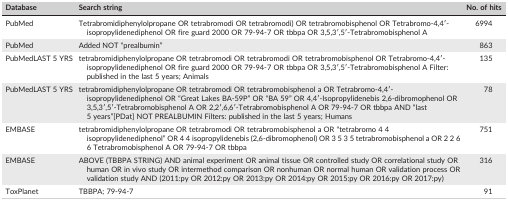
| Database | Search string | No. of hits |
 | --- | --- | --- |
 | PubMed | Tetrabromidiphenylolpropane OR tetrabromodi OR tetrabromodi) OR tetrabromobisphenol OR Tetrabromo‐4,4′‐isopropylidenediphenol OR fire guard 2000 OR 79‐94‐7 OR tbbpa OR 3,5,3′,5′‐Tetrabromobisphenol A | 6994 |
 | PubMed | Added NOT “prealbumin” | 863 |
 | PubMedLAST 5 YRS | tetrabromidiphenylolpropane OR tetrabromodi OR tetrabromodi OR tetrabromobisphenol OR Tetrabromo‐4,4′‐isopropylidenediphenol OR fire guard 2000 OR 79‐94‐7 OR tbbpa OR 3,5,3′,5′‐Tetrabromobisphenol A Filter: published in the last 5 years; Animals | 135 |
 | PubMedLAST 5 YRS | tetrabromidiphenylolpropane OR tetrabromodi OR tetrabromobisphenol a OR Tetrabromo‐4,4′‐isopropylidenediphenol OR “Great Lakes BA‐59P” OR “BA 59” OR 4,4′‐Isopropylidenebis 2,6‐dibromophenol OR 3,5,3′,5′‐Tetrabromobisphenol A OR 2,2′,6,6′‐Tetrabromobisphenol A OR 79‐94‐7 OR tbbpa AND “last 5 years”[PDat] NOT PREALBUMIN Filters: published in the last 5 years; Humans | 78 |
 | EMBASE | tetrabromidiphenylolpropane OR tetrabromodi OR tetrabromobisphenol a OR “tetrabromo 4 4 isopropylidenediphenol” OR 4 4 isopropylidenebis (2,6‐dibromophenol) OR 3 5 3 5 tetrabromobisphenol a OR 2 2 6 6 Tetrabromobisphenol A OR 79‐94‐7 OR tbbpa | 751 |
 | EMBASE | ABOVE (TBBPA STRING) AND animal experiment OR animal tissue OR controlled study OR correlational study OR human OR in vivo study OR intermethod comparison OR nonhuman OR normal human OR validation process OR validation study AND (2011:py OR 2012:py OR 2013:py OR 2014:py OR 2015:py OR 2016:py OR 2017:py) | 316 |
 | ToxPlanet | TBBPA; 79‐94‐7 | 91 |